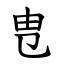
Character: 㕀